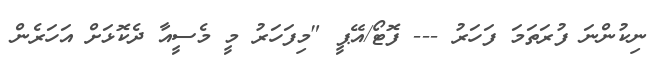
ނިކުންނަ ފުރަތަމަ ފަހަރު --- ފޮޓޯ/އޭޕީ "މިފަހަރު މީ މެސީއާ ދެކޮޅަށް އަހަރެން